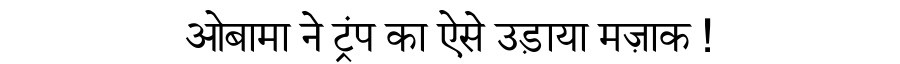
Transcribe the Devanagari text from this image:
ओबामा ने ट्रंप का ऐसे उड़ाया मज़ाक !